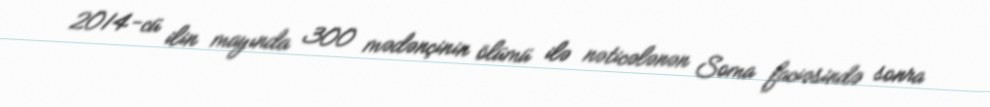
2014-cü ilin mayında 300 mədənçinin ölümü ilə nəticələnən Soma faciəsində sonra